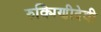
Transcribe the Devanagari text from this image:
रुक्मिणीदेवी